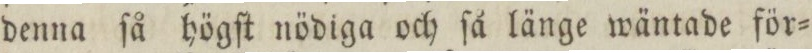
denna ſå högſt nödiga och ſå länge wäntade för=